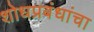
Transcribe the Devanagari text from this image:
शोधप्रबंधांचा